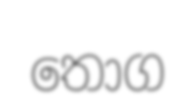
තොග